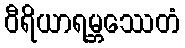
ဝီရိယာရမ္ဘဿေတံ